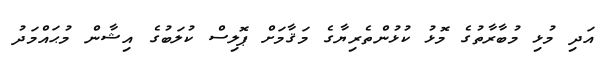
އަދި މުޅި މުބާރާތުގެ މޮޅު ކުޅުންތެރިޔާގެ މަޤާމަށް ޕޮލިސް ކުލަބުގެ އިޝާން މުޙައްމަދު